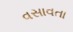
વસાવતા